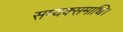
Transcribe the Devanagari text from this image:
सम्यक्समाधि।